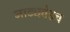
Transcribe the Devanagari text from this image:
नाट्यवेडच